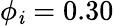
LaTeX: \phi_{\mathit{i}}=0.30